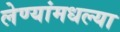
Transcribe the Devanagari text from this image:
लेण्यांमधल्या